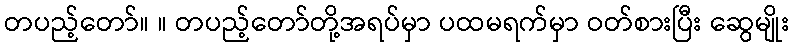
တပည့်တော်။ ။ တပည့်တော်တို့အရပ်မှာ ပထမရက်မှာ ဝတ်စားပြီး ဆွေမျိုး